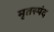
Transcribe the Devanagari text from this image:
मृतस्पंद